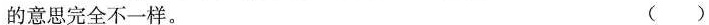
的意思完全不一样。 ()